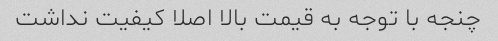
چنجه با توجه به قیمت بالا اصلا کیفیت نداشت